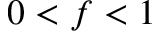
0 < f < 1